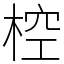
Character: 椌